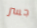
جسر